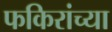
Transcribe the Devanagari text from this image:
फकिरांच्या